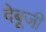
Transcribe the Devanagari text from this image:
देबूजी